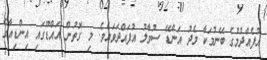
އުފެއްދުމުގެ ބޭނުމަކާ މެދު އަންޑޭ ސުވާލު އުފައްދަވައެވެ. މި ގޮތުން އައްޑޫގައި އިންޑިއާގެ